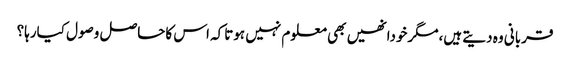
قربانی وہ دیتے ہیں،مگرخودانھیں بھی معلوم نہیں ہوتاکہ اس کاحاصل وصول کیارہا؟